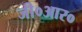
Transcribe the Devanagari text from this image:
जी०आर०